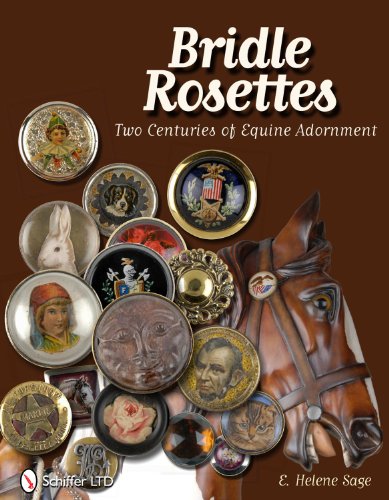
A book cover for Bridle Rosettes: Two Centuries of Equine Adornment; E. Helene Sage; Crafts, Hobbies & Home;